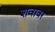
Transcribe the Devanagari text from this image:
शवावर